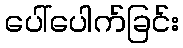
ပေါ်ပေါက်ခြင်း